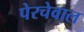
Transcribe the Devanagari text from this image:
पेरचेवाल